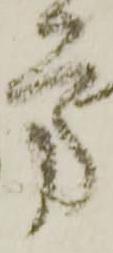
方